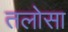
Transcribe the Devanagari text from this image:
तलोसा